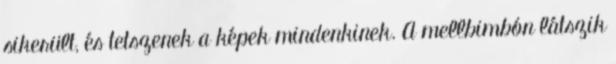
sikerült, és tetszenek a képek mindenkinek. A mellbimbón látszik